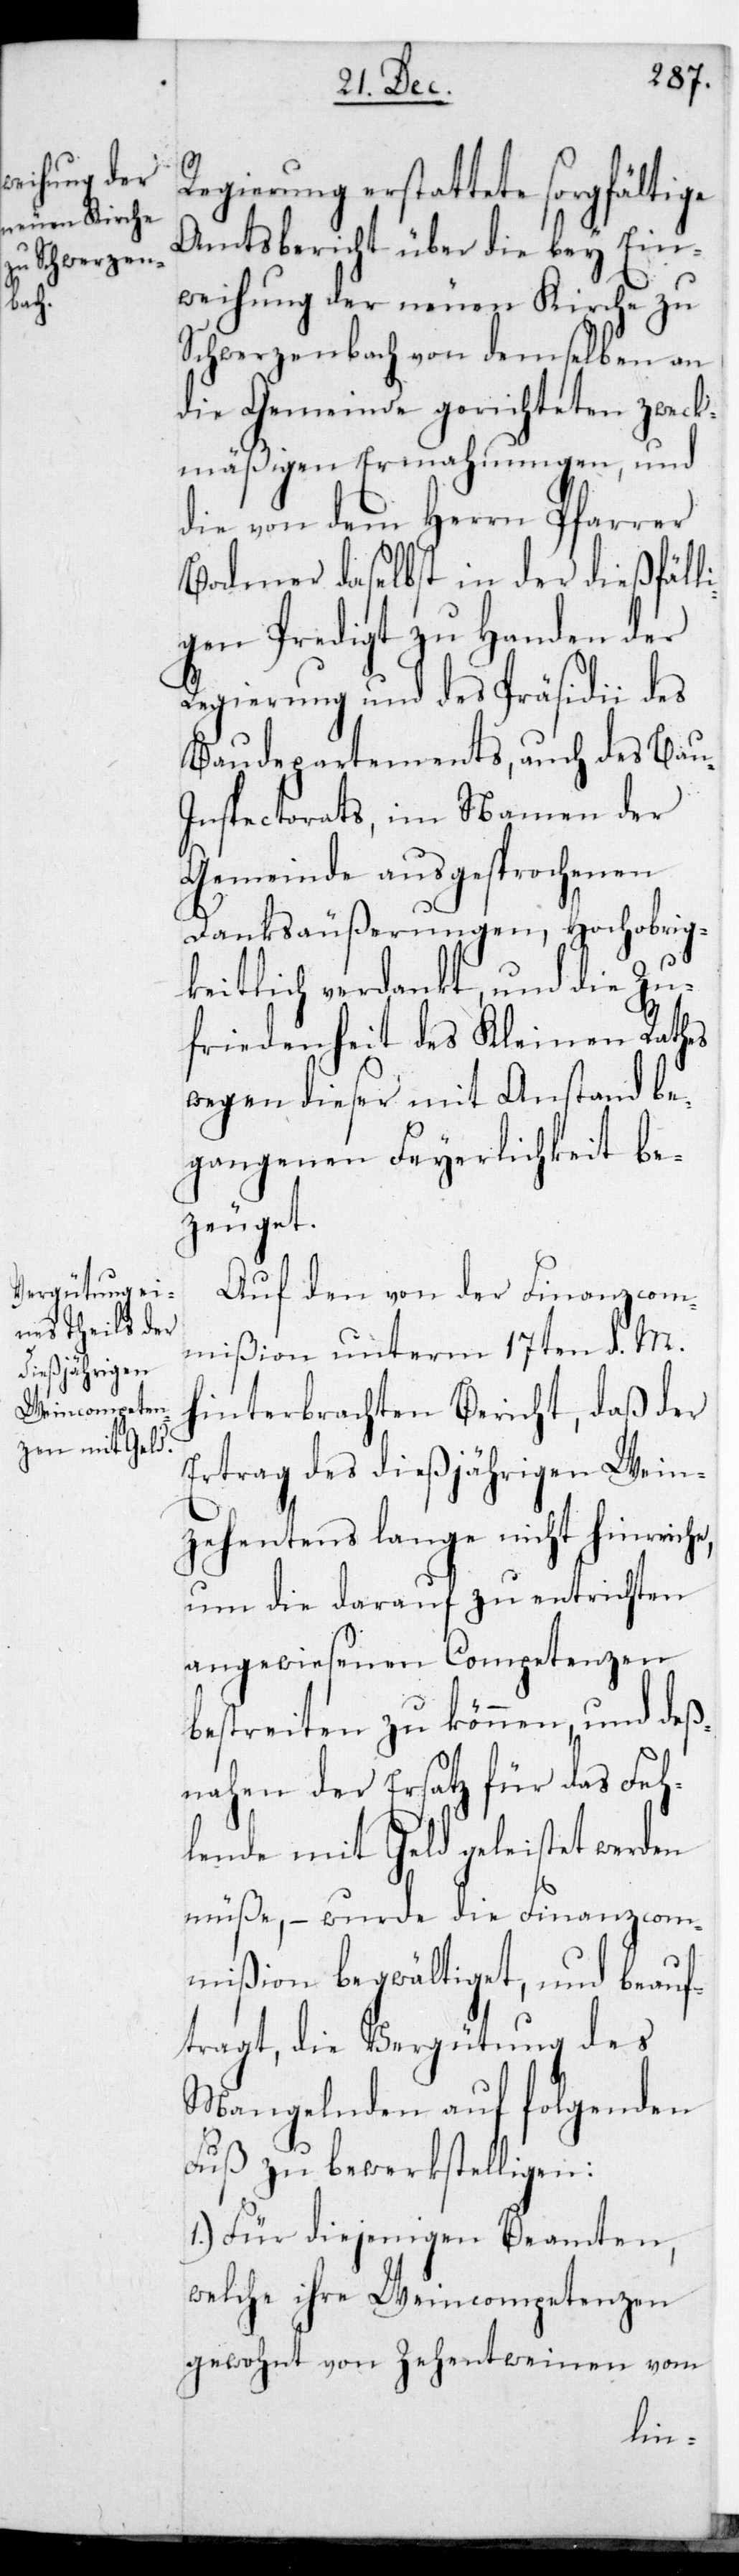
Regierung erstattete sorgfältige
Amtsbericht über die bey Ein¬
weihung der neuen Kirche zu
Schwerzenbach von demselben an
die Gemeinde gerichteten zweck¬
mäßigen Ermahnungen, und
die von dem Herrn Pfarrer
Bodmer daselbst in der dießfäll¬
igen Predigt zu Handen der
Regierung und des Präsidii des
Baudepartements, auch des Bau¬
inspectorats, im Namen der
Gemeinde ausgesprochenen
Danksäußerungen, Hochobrig¬
keitlich verdankt und die Zu¬
friedenheit des Kleinen Rathes
wegen dieser mit Anstand be¬
gangenen Feierlichkeit be¬
zeuget.
Auf den von der Finanzcom¬
mißion unterm 17ten d.M.
hinterbrachten Bericht, daß der
Ertrag des dießjährigen Wein¬
zehentens lange nicht hinre¬
um die darauf zu entrichten
angewiesenen Competenzen
bestreiten zu können, und deß¬
nahen der Ersatz für das Feh¬
lende mit Geld geleistet werden
müße, – wurde die Finanzcom¬
mißion begwältiget und beauf¬
tragt, die Vergütung des
Mangelnden auf folgenden
Fuß zu bewerkstelligen:
1.) Für diejenigen Beamten,
welche ihre Weincompetenzen
gewohnt von Zehentweinen vom
iche,